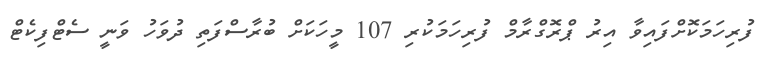
ފުރިހަމަކޮށްފައިވާ އިރު ޕްރޮގްރާމް ފުރިހަމަކުރި 107 މީހަކަށް ބުރާސްފަތި ދުވަހު ވަނީ ސެޓްފިކެޓް